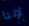
لإننا